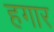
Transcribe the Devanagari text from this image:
हगार